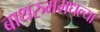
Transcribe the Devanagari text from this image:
बाथरुममधल्‍या